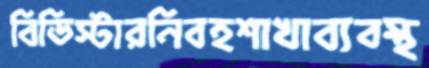
বিডিস্টারনিবহশাখাব্যবস্থ